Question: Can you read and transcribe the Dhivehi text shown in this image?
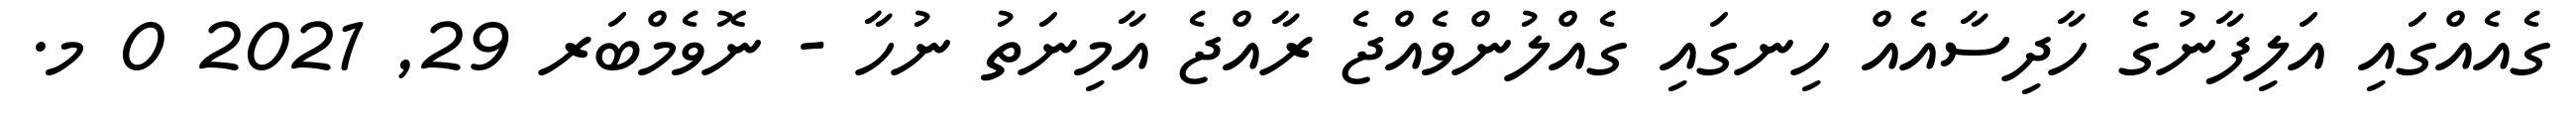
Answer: ގެއެއްގައި އަލިފާނުގެ ހާދިސާއެއް ހިނގައި ގެއްލުންވެއްޖެ ރާއްޖެ އާމިނަތު ނުހާ - ނޮވެމްބަރ 29, 2021 0 މ.